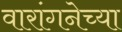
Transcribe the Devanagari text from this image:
वारांगनेच्या